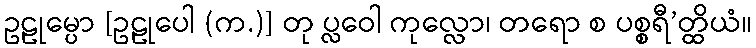
ဥဠုမ္ပော [ဥဠုပေါ (က.)] တု ပ္လဝေါ ကုလ္လော၊ တရော စ ပစ္စရီ’တ္ထိယံ။